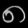
Digit: ၈